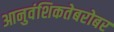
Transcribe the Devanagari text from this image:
आनुवंशिकतेबरोबर